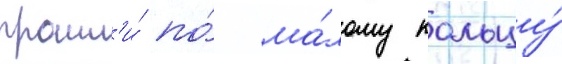
прошл'и́ по́ ма́лому кольцу́